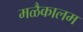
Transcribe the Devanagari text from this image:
मळैकालम